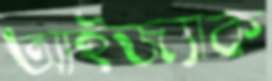
আইজ্যাক